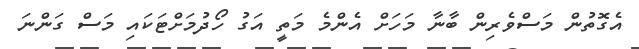
އެގޮތުން މަސްވެރިން ބާނާ މަހަށް އެންމެ މަތީ އަގު ހޯދުމަށްޓަކައި މަސް ގަންނަ